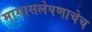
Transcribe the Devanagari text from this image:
मागासलेपणाचेच